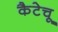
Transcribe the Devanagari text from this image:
कैटेचू